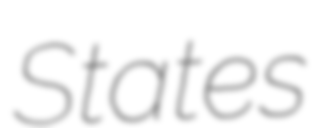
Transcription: States